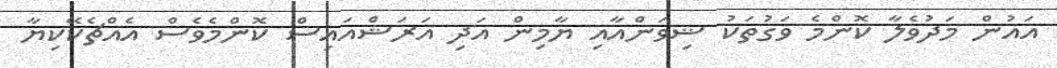
އައުން މަދުވެލާ ކޮންމެ ވަގުތަކު ޝިވަންއާއި ޔާމިން އަދި އަރަޝްއައިސް ކޮންމެވެސް އެއްޗެކޭކިޔާ